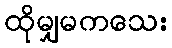
ထိုမျှမကသေး